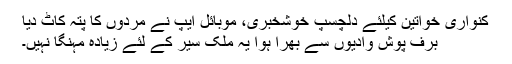
کنواری خواتین کیلئے دلچسپ خوشخبری، موبائل ایپ نے مردوں کا پتہ کاٹ دیا
برف پوش وادیوں سے بھرا ہوا یہ ملک سیر کے لئے زیادہ مہنگا نہیں۔